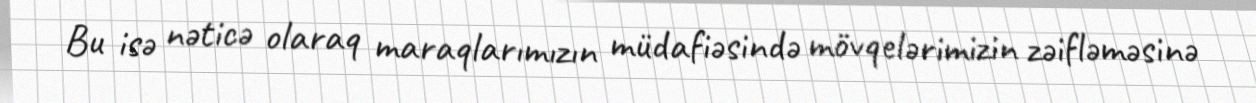
Bu isə nəticə olaraq maraqlarımızın müdafiəsində mövqelərimizin zəifləməsinə